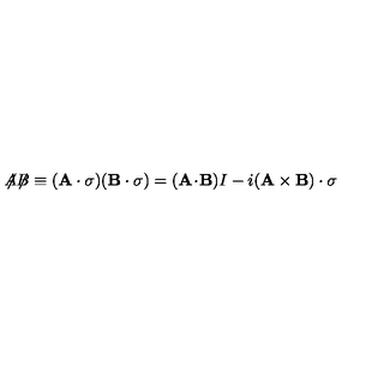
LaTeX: { \not \! \! A } { \not \! \! B } \equiv ( { \bf A \cdot \sigma } ) ( { \bf B \cdot \sigma } ) = ( { \bf A } \! \cdot \! { \bf B } ) I - i ( { \bf A \times B ) \cdot \sigma }